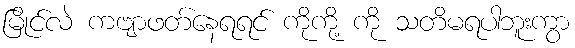
မြိုင်လဲ ကဗျာဖတ်နေရရင် ကိုကို့ ကို သတိမရပါဘူးကွာ